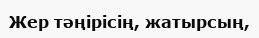
Жер тәңірісің, жатырсың,